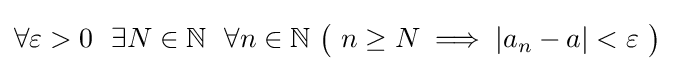
\forall \varepsilon >0\ \ \exists N\in \mathbb {N} \ \ \forall n\in \mathbb {N} \ {\big (}\ n\geq N\implies \vert a_{n}-a\vert <\varepsilon \ {\big )}